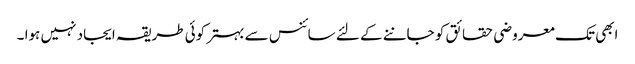
ابھی تک معروضی حقائق کو جاننے کے لئے سائنس سے بہتر کوئی طریقہ ایجاد نہیں ہوا ۔